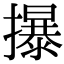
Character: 㩧